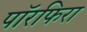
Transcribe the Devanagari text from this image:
पॉरफिरा